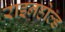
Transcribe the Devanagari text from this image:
राइनहोल्ड